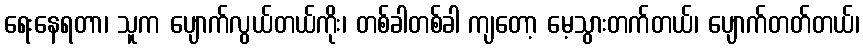
ရေးနေရတာ၊ သူက ပျောက်လွယ်တယ်ကိုး၊ တစ်ခါတစ်ခါ ကျတော့ မေ့သွားတက်တယ်၊ ပျောက်တတ်တယ်၊